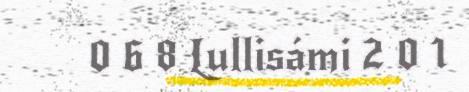
0 6 8 Lullisámi 2 0 1